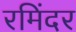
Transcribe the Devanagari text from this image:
रमिंदर